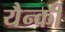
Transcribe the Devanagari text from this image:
यैन्की